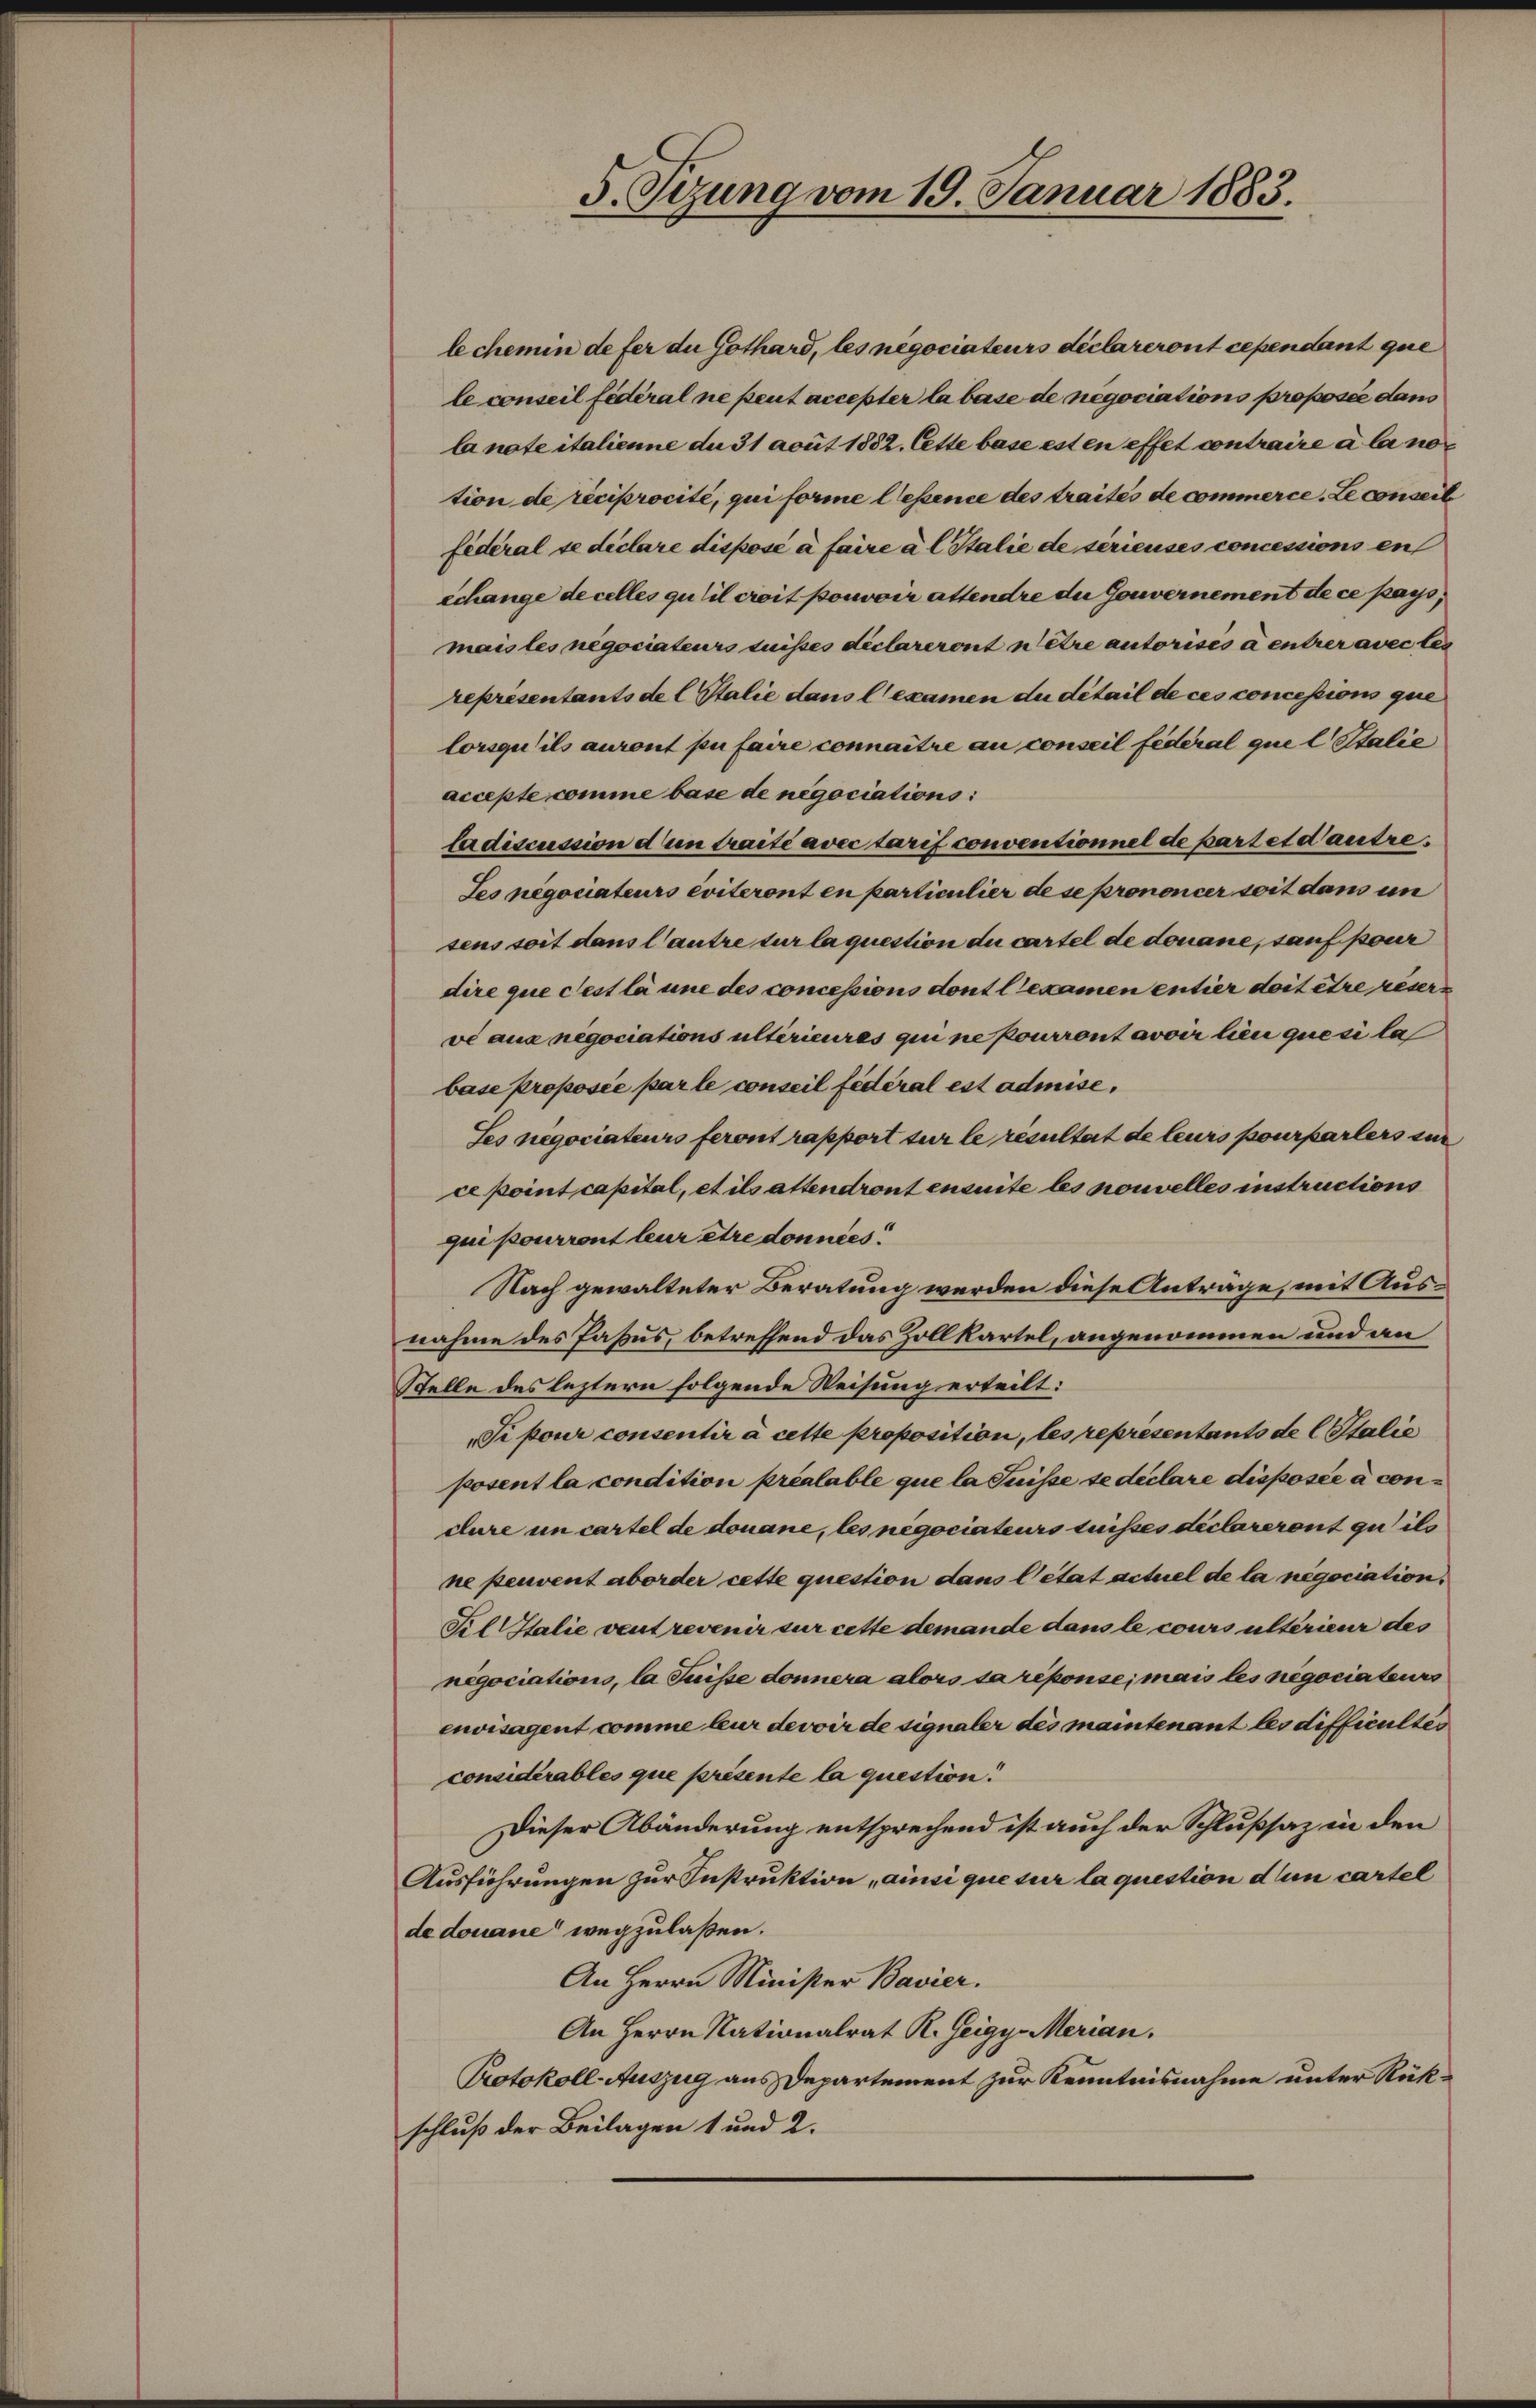
lechemin defer du Gothard, les negociateurs déclareront cependant que
le conseil fédéral ne peut accepter la base de negociations proposée dans
la note italienne an 31 avut 1882. Cette base est en effet contraire à la no
tion de réciprocité, qui forme lesence des traites de commerce-Le conseil
fédéral se déclare dispose à faire à l Italie de sérieuses concessions en
echange de celles qu’il croit pouvoir attendre du Gouvernement de ce pays,
mais les negociateurs suisses déclareront nere autorisés à entrer avec les
représentants de l Stalie dans l’examen du détail de ces concessions que
lorsqu’ils auront pu faire connaitre au conseil Federal quel Stalie
accepte comme base de negociations:
ladiscussion d’un traité avec tarif conventionnel de partet d’autre.
Ses negociateurs éviteront en particulier de se prononcer soit dem un
sens soit dans l’autre sur laquestion du cartel de donane, sauf pour
dire que cest la une des concessions dont l’examen entier doit être reser
ve aus negociations ultérieures qui ne pourront avoir lieu quesi la
base proposée par le conseil fédéral est admise,
Ses negociateurs feront rapport sur le resultat de leurs pourparlers sie
ce point capital, et ils attendront ensuite les nouvelles instructions
qui pourront leur être données.
Nach gewalteter Beratung werden diese Anträge, mit Ausnahme des Passus, betreffend das Zollkartel, angenommen und an
Stelle des leztern folgende Weisung erteilt:
Si pour consentir à cette proposition, les représentanto de Stalie
posent la condition préalable que la Suisse se declare disposée à conclure un cartel de donane, les negociateurs tnisses declareront zu ils
ne peuvent aborder cette question dans l’état actuel de la négociation.
Fil Italie veut revenir sur cette demande dans le cours ultérieur des
negociations, la Suisse donnera alors sa réponse; mais les negociateurs
envisagent comme leur devoir de signaler des maintenant les difficulter
considérables que présente la question.
Dieser Abänderung entsprechend ist auch der Schlußsaz in den
Ausführungen zur Instruktion ainsi que sur la question dum cartel
de douane wegzulaßen.
An Herrn Minister Bavier.
An Herrn Nationalrat R. Zeigy. Merian.
Protokoll-Auszug aus Departement zur Kenntnisnahme unter Rükschluß der Beilagen 1 und 2.

5. Sizung vom 19. Januar 1883.